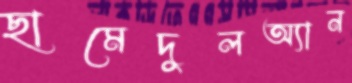
ছামেদুলঅ্যান